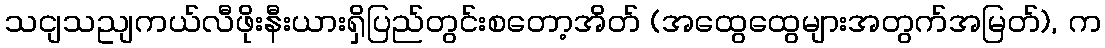
သငျသညျကယ်လီဖိုးနီးယားရှိပြည်တွင်းစတော့အိတ် (အထွေထွေများအတွက်အမြတ်), က